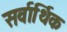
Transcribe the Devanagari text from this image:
सर्वार्थिक